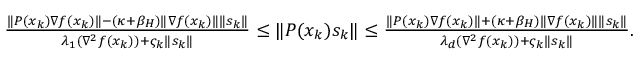
\begin{array} { r } { \frac { \| P ( x _ { k } ) \nabla f ( x _ { k } ) \| - ( \kappa + \beta _ { H } ) \| \nabla f ( x _ { k } ) \| \| s _ { k } \| } { \lambda _ { 1 } ( \nabla ^ { 2 } f ( x _ { k } ) ) + \varsigma _ { k } \| s _ { k } \| } \leq \| P ( x _ { k } ) s _ { k } \| \leq \frac { \| P ( x _ { k } ) \nabla f ( x _ { k } ) \| + ( \kappa + \beta _ { H } ) \| \nabla f ( x _ { k } ) \| \| s _ { k } \| } { \lambda _ { d } ( \nabla ^ { 2 } f ( x _ { k } ) ) + \varsigma _ { k } \| s _ { k } \| } . } \end{array}